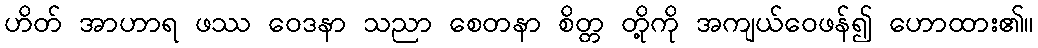
ဟိတ် အာဟာရ ဖဿ ဝေဒနာ သညာ စေတနာ စိတ္တ တို့ကို အကျယ်ဝေဖန်၍ ဟောထား၏။